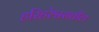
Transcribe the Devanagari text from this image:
हरिहरेश्वरातील